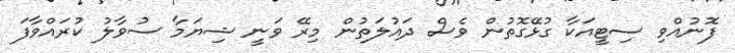
ފޮނުއްވި ސިޓީއަކާ ގުޅޭގޮތުން ވެސް ދައުލަތުން މިރޭ ވަނީ ޝިޔަމާ ސުވާލު ކުރައްވާފަ